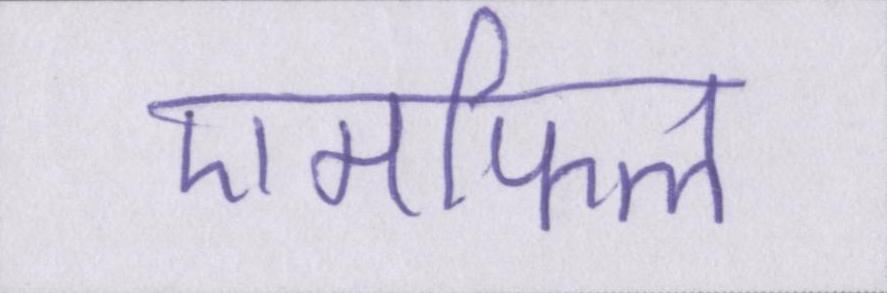
एमफिल